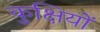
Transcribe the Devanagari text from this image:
कुक्षियों